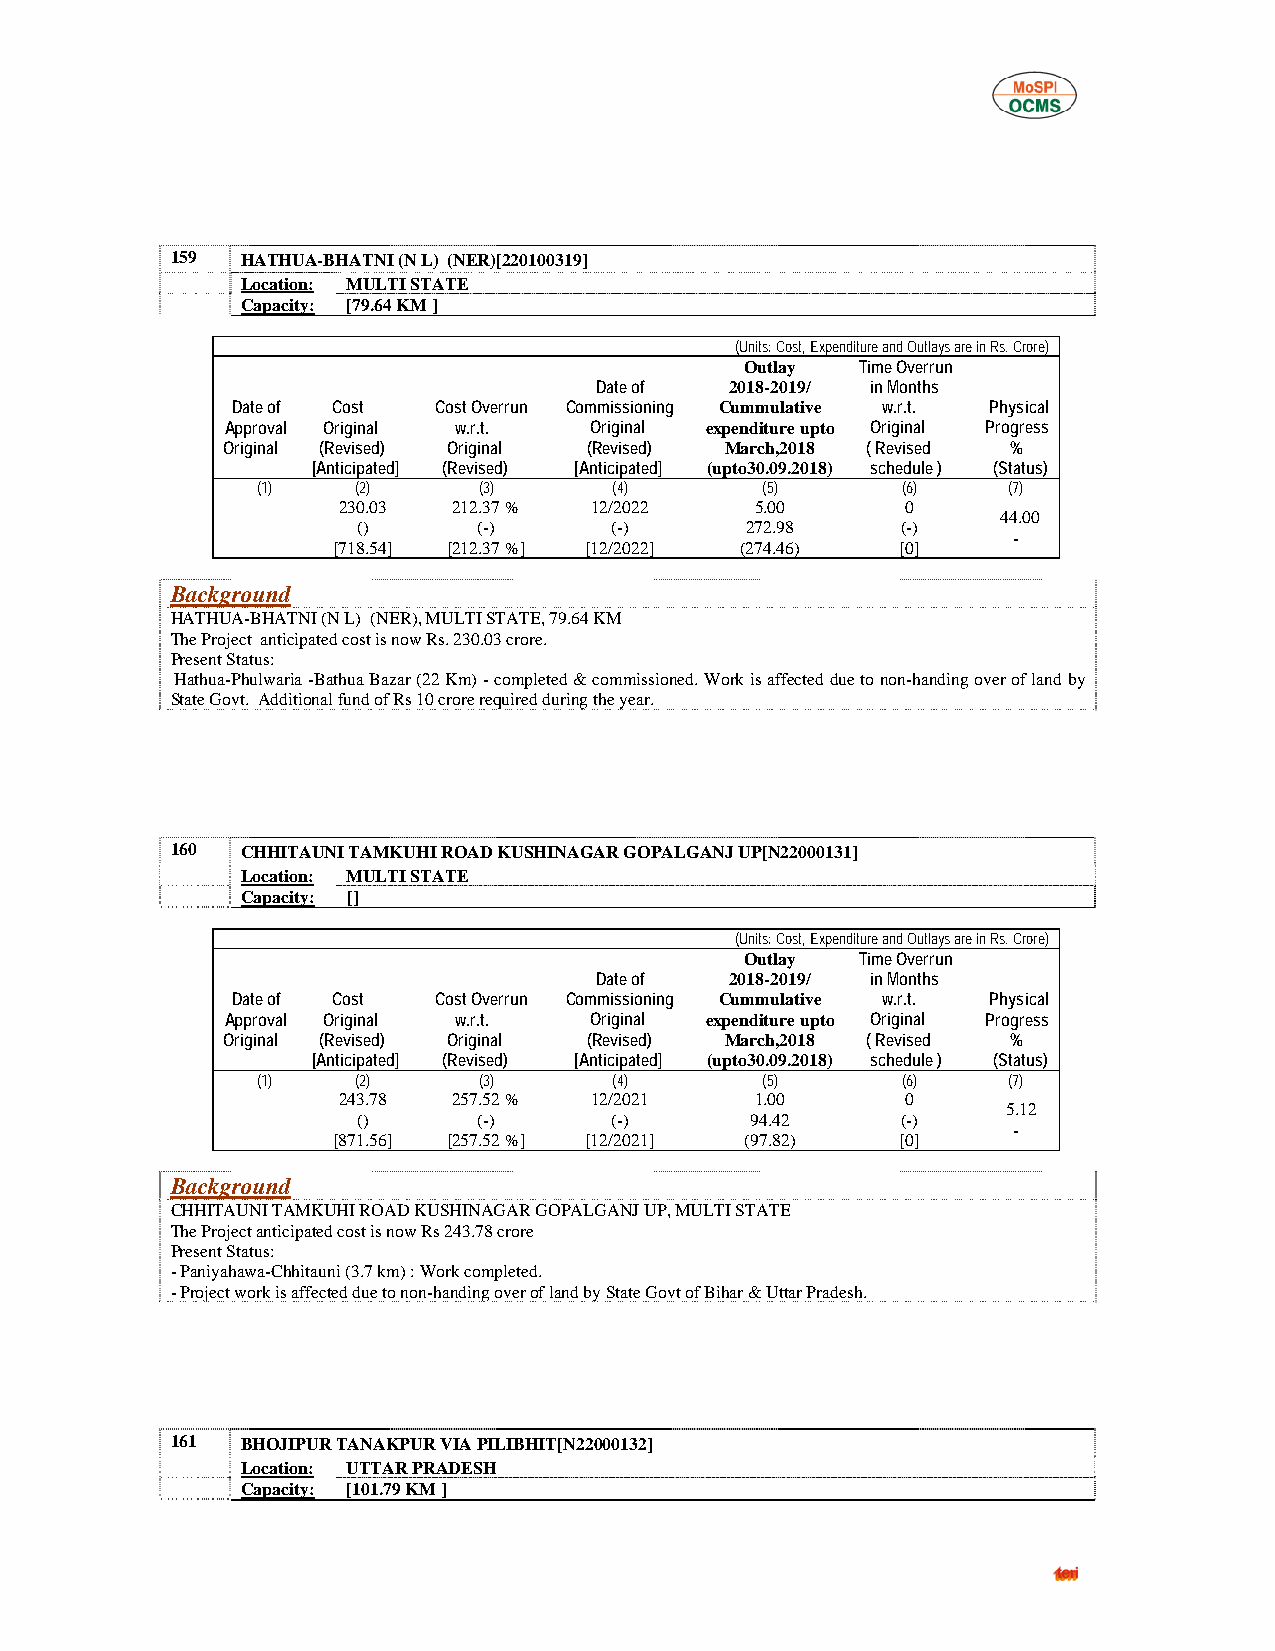
159  HATHUA-BHATNI (N L) (NER)[220100319]
 Location: MULTI STATE
 Capacity: [79.64 KM ]
 (Units: Cost, Expenditure and Outlays are in Rs. Crore)
 Outlay  Time Overrun
 Date of  2018-2019/ in Months
 Date of Cost  Cost Overrun Commissioning Cummulative w.r.t. Physical
 Approval Original w.r.t. Original expenditure upto Original Progress
 Original (Revised) Original (Revised) March,2018 ( Revised %
 [Anticipated] (Revised) [Anticipated] (upto30.09.2018) schedule ) (Status)
 (1)    (2)     (3)      (4)      (5)       (6)    (7)
 230.03  212.37 % 12/2022    5.00      0
 44.00
 ()      (-)     (-)      272.98     (-)
 -
 [718.54] [212.37 %] [12/2022] (274.46) [0]
 Background
 HATHUA-BHATNI (N L) (NER), MULTI STATE, 79.64 KM
 The Project anticipated cost is now Rs. 230.03 crore.
 Present Status:
 Hathua-Phulwaria -Bathua Bazar (22 Km) - completed & commissioned. Work is affected due to non-handing over of land by
 State Govt. Additional fund of Rs 10 crore required during the year.
 160  CHHITAUNI TAMKUHI ROAD KUSHINAGAR GOPALGANJ UP[N22000131]
 Location: MULTI STATE
 Capacity: []
 (Units: Cost, Expenditure and Outlays are in Rs. Crore)
 Outlay  Time Overrun
 Date of  2018-2019/ in Months
 Date of Cost  Cost Overrun Commissioning Cummulative w.r.t. Physical
 Approval Original w.r.t. Original expenditure upto Original Progress
 Original (Revised) Original (Revised) March,2018 ( Revised %
 [Anticipated] (Revised) [Anticipated] (upto30.09.2018) schedule ) (Status)
 (1)    (2)     (3)      (4)      (5)       (6)    (7)
 243.78  257.52 % 12/2021    1.00      0
 5.12
 ()      (-)     (-)       94.42     (-)
 -
 [871.56] [257.52 %] [12/2021] (97.82) [0]
 Background
 CHHITAUNI TAMKUHI ROAD KUSHINAGAR GOPALGANJ UP, MULTI STATE
 The Project anticipated cost is now Rs 243.78 crore
 Present Status:
 - Paniyahawa-Chhitauni (3.7 km) : Work completed.
 - Project work is affected due to non-handing over of land by State Govt of Bihar & Uttar Pradesh.
 161  BHOJIPUR TANAKPUR VIA PILIBHIT[N22000132]
 Location: UTTAR PRADESH
 Capacity: [101.79 KM ]